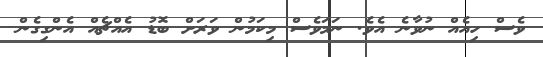
ވެސް ހިއެއް ނުވާނެ އެވެ. ނަމަވެސް މިކަމުން ވަރަށް ބޮޑު އެއްޗެއް އެންގިގެން